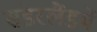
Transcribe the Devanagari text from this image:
संडरलैंडमें